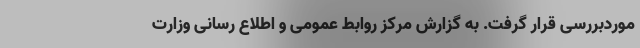
موردبررسی قرار گرفت. به گزارش مرکز روابط عمومی و اطلاع رسانی وزارت